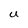
Character: U